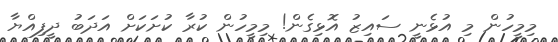
މިމީހުން މި އުޅެނީ ސައިޒު އޮޅިގެން! މިމީހުން ކުރާ ކުށަކަށް އަދަބު ދީފިއްޔާ